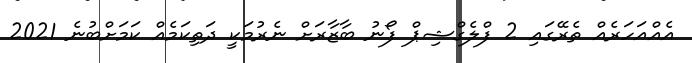
އެއްއަހަރެއް ތެރޭގައި 2 ފްލެގްޝިޕް ފޯނު ބާޒާރަށް ނެރުމަކީ ދަތިކަމެއް ކަމަށްބުނެ 2021